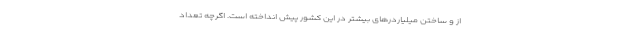
از و ساختن میلیاردرهای بیشتر در این کشور پیش انداخته است. اگرچه تعداد